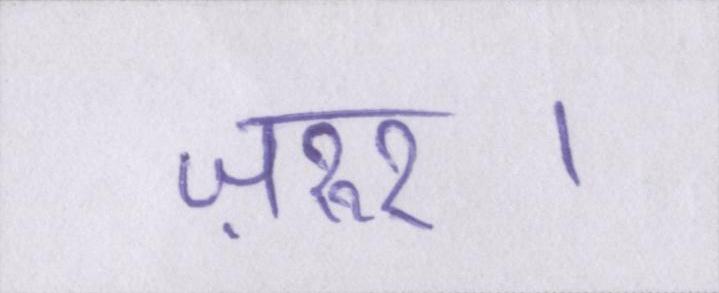
ज़रुर।